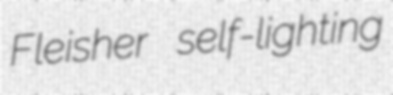
Fleisher self-lighting